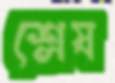
শ্লেষ